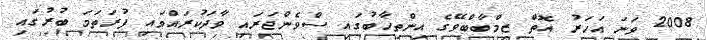
2008 ވަނަ އަހަރު އޮތް ޒިމްބާބްވޭގެ އިންތިހާބުގައި ސްވެންޖަރައި ވާދަކުރައްވައި ފުރަތަމަ ބުރުގައި